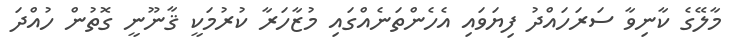
މާލޭގެ ކާނިވާ ސަރަހައްދު ފިޔަވައި އެހެންތަނެއްގައި މުޒާހަރާ ކުރުމަކީ ޤާނޫނީ ގޮތުން ހުއްދަ